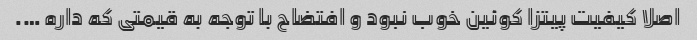
اصلا کیفیت پیتزا کوئین خوب نبود و افتضاح با توجه به قیمتی که داره ….